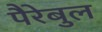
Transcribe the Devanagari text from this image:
पैरेबुल